Scottish Leaving Certificate Examination, 1960
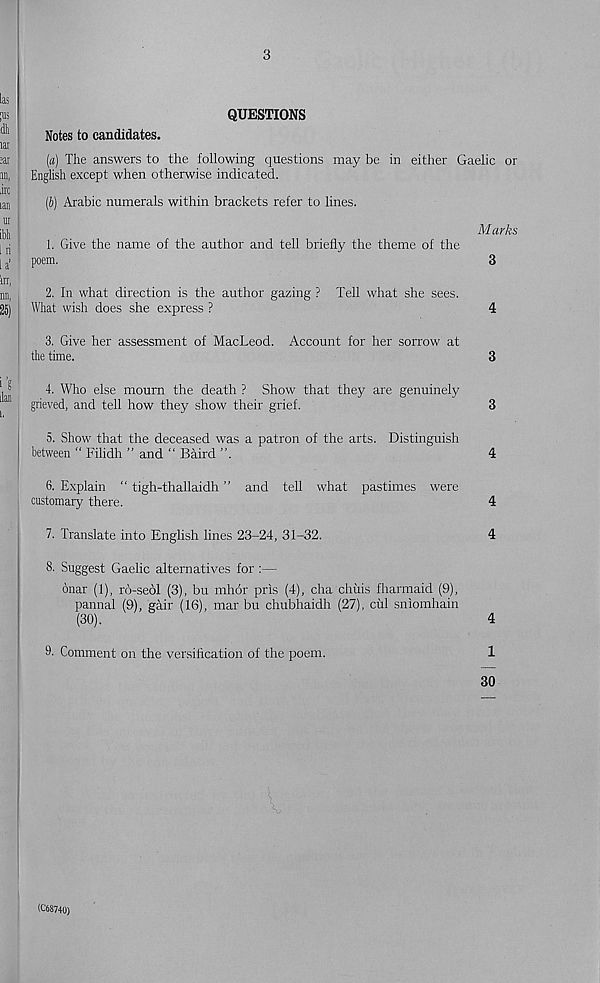
3
QUESTIONS
Notes to candidates.
(a) The answers to the following questions may be in either G
English except when otherwise indicated.
(b) Arabic numerals within brackets refer to lines.
1. Give the name of the author and tell briefly the theme of the
poem.
2. In what direction is the author gazing ? Tell what she sees.
What wish does she express ?
3. Give her assessment of MacLeod. Account for her sorrow at
the time.
4. Who else mourn the death ? Show that they are genuinely
grieved, and tell how they show their grief.
5. Show that the deceased was a patron of the arts. Distinguish
between “ Filidh ” and “ Baird ”.
6. Explain “ tigh-thallaidh ” and tell what pastimes were
customary there.
7. Translate into English lines 23-24, 31-32.
8. Suggest Gaelic alternatives for :—
dnar (1), ro-seol (3), bu mhor pris (4), cha chilis fbarmaid (9),
pannal (9), gair (16), mar bu chubhaidh (27), cul sniomhain
(30).
9- Comment on the versification of the poem.
Marks
3
4
3
3
4
4
4
4
1
30
(C68740)